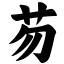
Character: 芴